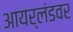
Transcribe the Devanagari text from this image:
आयर्लंडवर